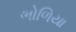
ભોળિયા